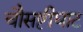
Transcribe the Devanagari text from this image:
चौसष्टीघाट